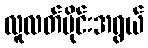
လူလတ်ပိုင်းအရွယ်